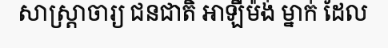
សាស្ត្រាចារ្យ ជនជាតិ អាឡឺម៉ង់ ម្នាក់ ដែល